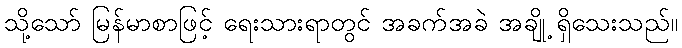
သို့သော် မြန်မာစာဖြင့် ရေးသားရာတွင် အခက်အခဲ အချို့ ရှိသေးသည်။